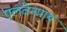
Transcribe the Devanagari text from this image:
एलवेनपाथ